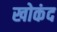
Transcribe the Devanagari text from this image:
खोकंद